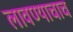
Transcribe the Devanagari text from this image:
लावण्याचाच